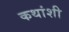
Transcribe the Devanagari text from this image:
कथांशी